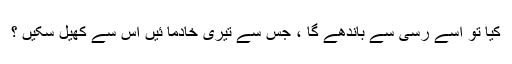
کیا تو اسے رسی سے باندھے گا ، جس سے تیری خادما ئیں اس سے کھیل سکیں ؟